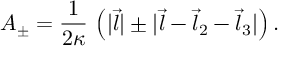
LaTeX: A _ { \pm } = { \frac { 1 } { 2 \kappa } } \, \left( | \vec { l } | \pm | \vec { l } - \vec { l } _ { 2 } - \vec { l } _ { 3 } | \right) .